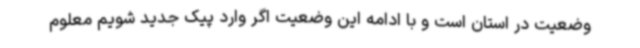
وضعیت در استان است و با ادامه این وضعیت اگر وارد پیک جدید شویم معلوم